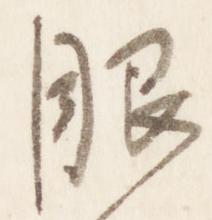
眼